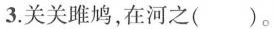
3.关关雎鸠，在河之()。